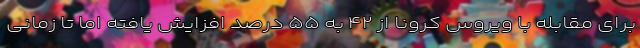
برای مقابله با ویروس کرونا از ۴۲ به ۵۵ درصد افزایش یافته اما تا زمانی